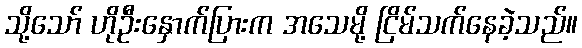
သို့သော် ဟိုဦးနှောက်ပြားက အသေမို့ ငြိမ်သက်နေခဲ့သည်။